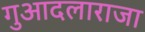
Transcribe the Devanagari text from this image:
गुआदलाराजा